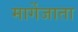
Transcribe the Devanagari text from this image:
मार्गेजाता